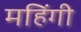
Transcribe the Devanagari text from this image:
महिंगी